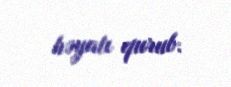
həyatı qurub.